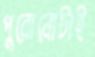
পুরোনোটাই